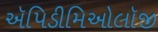
ઍપિડીમિઓલૉજી